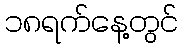
၁၈ရက်နေ့တွင်